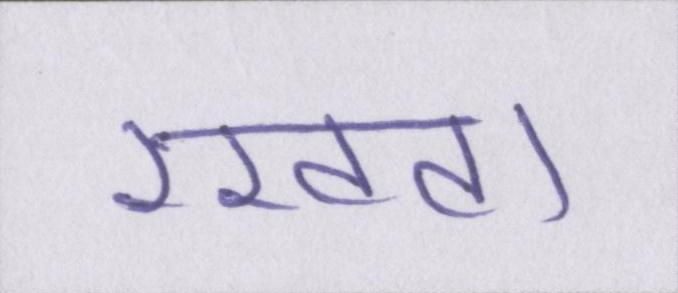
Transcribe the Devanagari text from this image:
रखवा